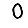
Digit: 0